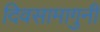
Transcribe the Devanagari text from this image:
दिवसामागुनी